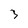
Character: 3